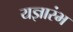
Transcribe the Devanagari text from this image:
यज्ञारंभ